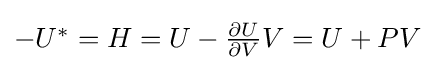
{\textstyle -U^{*}=H=U-{\frac {\partial U}{\partial V}}V=U+PV}